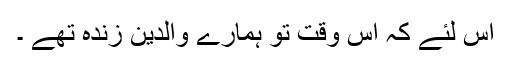
اس لئے کہ اُس وقت تو ہمارے والدین زندہ تھے ۔